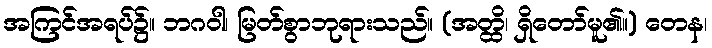
အကြင်အရပ်၌။ ဘဂဝါ၊ မြတ်စွာဘုရားသည်။ (အတ္ထိ၊ ရှိတော်မူ၏။) တေန၊